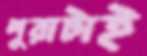
পুরাটাই